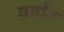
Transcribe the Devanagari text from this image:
वर्नौन